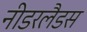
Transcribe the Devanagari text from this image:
नीडरलैडस